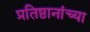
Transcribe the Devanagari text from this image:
प्रतिष्ठानांच्या